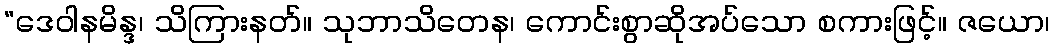
“ဒေဝါနမိန္ဒ၊ သိကြားနတ်။ သုဘာသိတေန၊ ကောင်းစွာဆိုအပ်သော စကားဖြင့်။ ဇယော၊